Punjab Mental Hospital Lahore 1922-31 - 1922-1931
Year: 1922
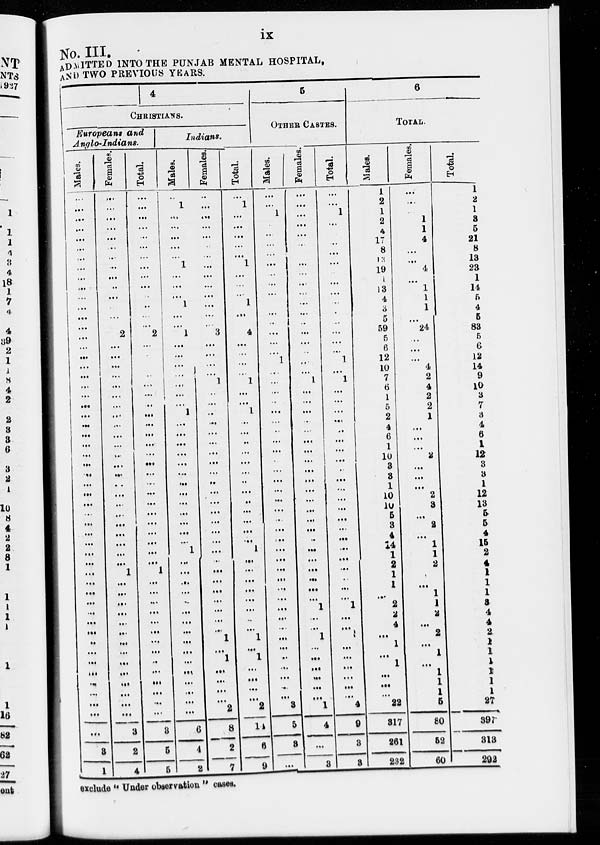
ix
No. III.
ADMITTED INTO THE PUNJAB MENTAL HOSPITAL,
AND TWO PREVIOUS YEARS.
4
CHRISTIANS.
Europeans and
Anglo-Indians.
Males.
...
...
...
...
...
...
...
...
...
...
...
...
...
...
...
...
...
...
...
...
...
...
...
...
...
...
...
...
...
...
...
...
...
...
...
...
...
...
...
...
...
...
...
...
...
...
...
...
...
...
...
...
...
...
3
1
Females.
...
...
...
...
...
...
...
...
...
...
...
...
2
...
...
...
...
...
...
...
...
...
...
...
...
...
...
...
...
...
...
...
...
...
...
...
1
...
...
...
...
...
...
...
...
...
...
...
...
...
...
3
2
4
Total.
...
...
...
...
...
...
...
...
...
...
...
...
...
2
...
...
...
...
...
...
...
...
...
...
...
...
...
...
...
...
...
...
...
...
...
...
1
...
...
...
...
...
...
...
...
...
...
...
...
...
...
3
5
5
Indians.
Males.
...
1
...
...
...
...
...
1
...
...
...
1
...
...
1
...
...
...
...
...
...
...
1
...
...
...
...
...
...
...
...
...
...
...
...
...
1
...
...
...
...
...
...
...
...
...
...
...
...
...
...
...
...
6
4
2
Females.
...
...
...
...
...
...
...
...
...
...
...
...
...
...
3
...
...
...
...
1
...
...
...
...
...
...
...
...
...
...
...
...
...
...
...
...
...
...
...
...
...
...
...
...
...
1
...
1
...
...
...
...
2
8
2
7
Total.
...
1
...
...
...
...
...
1
...
...
...
1
...
4
...
...
...
...
1
...
...
1
...
...
...
...
...
...
...
...
...
...
...
...
...
1
...
...
...
...
...
...
...
...
1
...
1
...
...
...
...
2
14
6
9
5
OTHER CASTES.
Males.
...
...
1
...
...
...
...
...
...
...
...
...
...
...
l
...
.....
...
..
...
...
. .
...
...
...
...
...
...
...
...
...
...
...
...
...
...
...
...
...
...
...
...
...
...
...
...
...
...
...
3
5
3
...
Females.
...
...
...
...
...
...
...
...
...
...
...
...
...
...
...
...
...
...
1
...
...
...
...
...
...
...
...
...
...
...
...
...
...
...
...
...
...
...
...
...
...
1
...
...
1
...
...
...
...
...
...
1
4
...
3
Total.
...
...
1
...
...
...
...
...
...
...
...
...
...
...
...
1
...
1
...
...
...
...
...
...
...
...
...
...
...
...
...
...
...
...
...
...
...
...
...
...
1
...
...
...
...
...
...
...
...
4
9
3
3
6
TOTAL.
Males.
1
2
1
2
4
17
8
13
19
1
13
4
3
5
59
5
6
12
10
7
6
1
5
2
4
6
1
10
3
3
1
10
10
5
3
4
14
1
2
1
1
...
2
2
4
...
1
...
1
...
...
...
22
317
261
232
Females.
...
...
1
1
4
...
...
4
...
1
1
1
...
24
...
...
...
4
2
4
2
2
1
...
...
...
2
...
...
...
2
3
...
2
...
1
1
2
...
...
1
1
2
...
2
...
1
...
1
1
1
5
80
52
60
Total.
1
2
1
3
5
21
8
13
23
1
14
5
4
5
83
5
6
12
14
9
10
3
7
3
4
6
1
12
3
3
1
12
13
5
5
4
15
2
4
1
1
1
3
4
4
2
1
1
1
1
1
1
27
397
313
292
exclude " Under observation " cases.